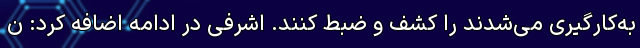
به‌کارگیری می‌شدند را کشف و ضبط کنند. اشرفی در ادامه اضافه کرد: ن